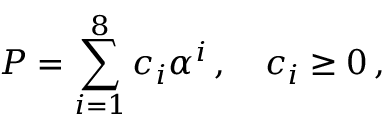
P = \sum _ { i = 1 } ^ { 8 } c _ { i } \alpha ^ { i } \, , \quad c _ { i } \ge 0 \, ,